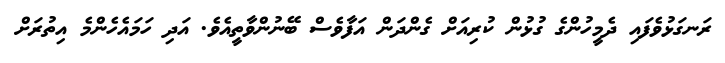
ރަނގަޅުވެފައި ދެމީހުންގެ ގުޅުން ކުރިއަށް ގެންދަން އަފާވެސް ބޭނުންވާތީއެވެ. އަދި ހަމައެހެންމެ އިތުރަށް